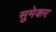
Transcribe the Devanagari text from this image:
सुमेकर